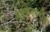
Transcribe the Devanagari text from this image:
अध्यात्मबोध